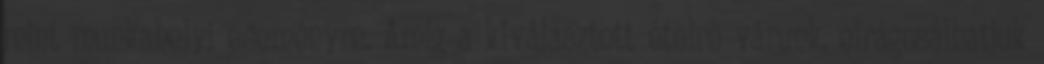
mint munkahelyi eseményre. Amíg a kiválasztott ételre várunk, elrágcsálhatjuk